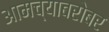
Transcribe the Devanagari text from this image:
आमच्याबरोबर